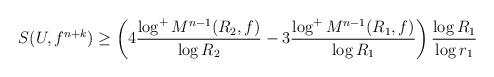
LaTeX: \begin{align*}\begin{aligned}S(U,f^{n+k})&\geq\left(4 \frac{\log^+ M^{n-1}(R_2,f)}{\log R_2}-3\frac{\log^+ M^{n-1}(R_1,f)}{\log R_1}\right)\frac{\log R_1}{\log r_1}\end{aligned}\end{align*}